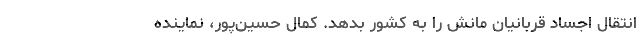
انتقال اجساد قربانیان مانش را به کشور بدهد. کمال حسین‌پور، نماینده